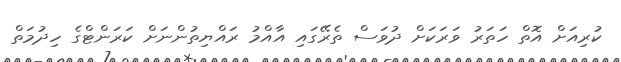
ކުރިއަށް އޮތް ހަތަރު ވަރަކަށް ދުވަސް ތެރޭގައި އާއްމު ރައްޔިތުންނަށް ކަރަންޓްގެ ހިދުމަތް